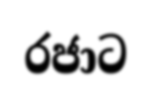
රජාට